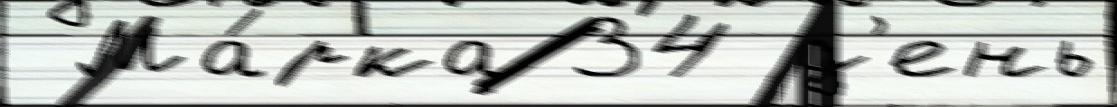
 Ма́рка 34 д'ень